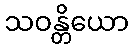
သဝန္တိယော